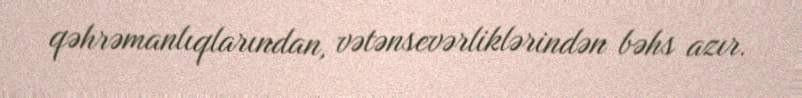
qəhrəmanlıqlarından, vətənsevərliklərindən bəhs azır.